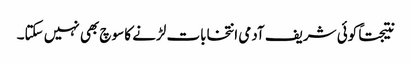
نتیجتاً کوئی شریف آدمی انتخابات لڑنے کا سوچ بھی نہیں سکتا۔